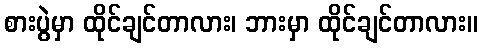
စားပွဲမှာ ထိုင်ချင်တာလား၊ ဘားမှာ ထိုင်ချင်တာလား။